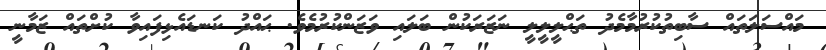
މައްސަލަތައް ސާބިތުކުރުމާމެދު ތަޙްލީލީލީ ނަޒަރަކުން ބަލައި ވަޒަންކުރުމެވެ. ޙައްދު ކަނޑައެޅިފައިވާ ކުށްތައް ޒަމާނީ